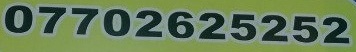
07702625252